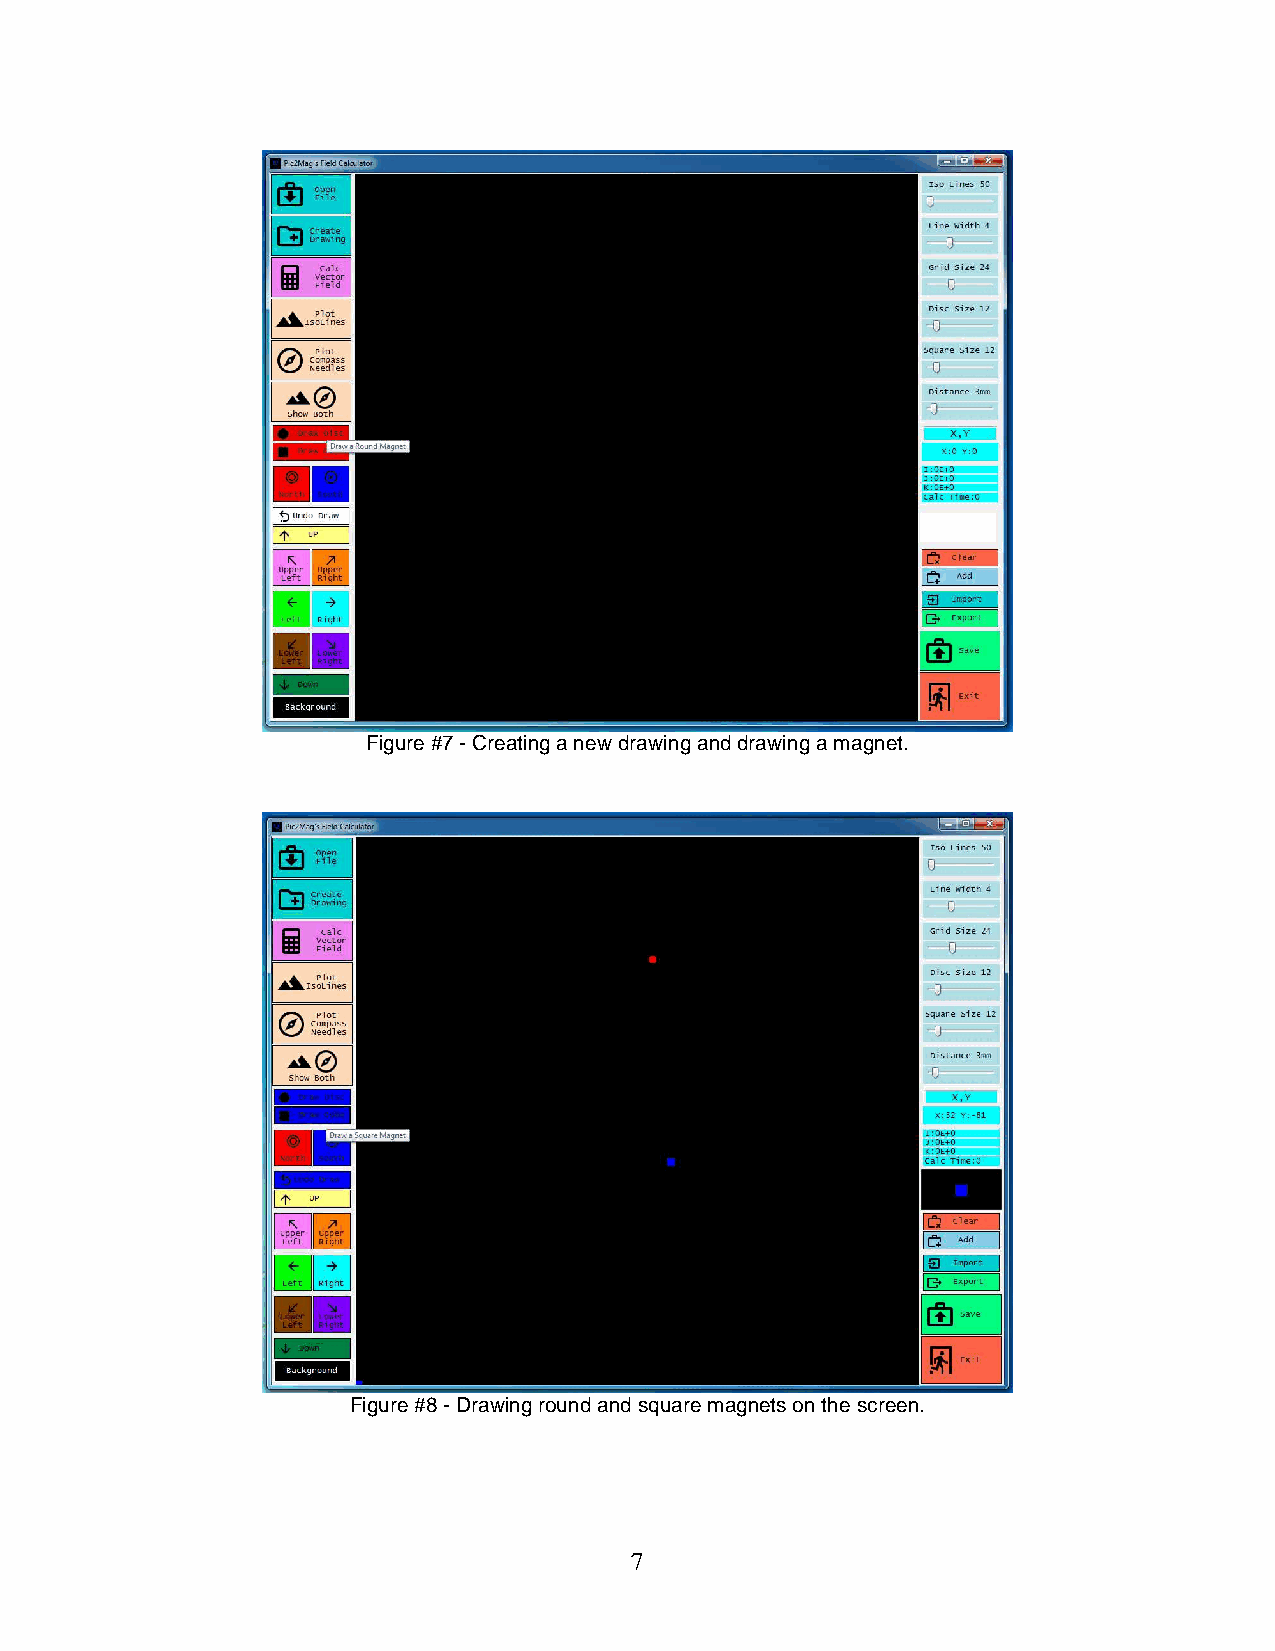
Figure #7 - Creating a new drawing and drawing a magnet.
 Figure #8 - Drawing round and square magnets on the screen.
 7